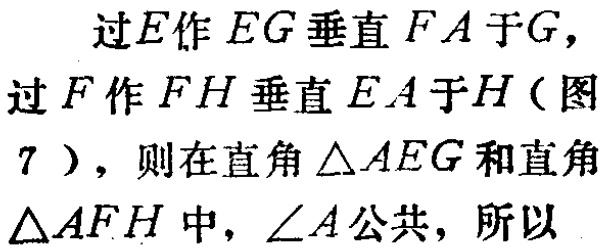
过\(E\)作\(EG\)垂直\(FA\)于\(G\)，过\(F\)作\(FH\)垂直\(EA\)于\(H\)（图7），则在直角\(\triangle AEG\)和直角\(\triangle AFH\)中，\(\angle A\)公共，所以